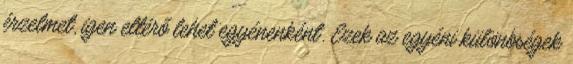
érzelmet, igen eltérő lehet egyénenként. Ezek az egyéni különbségek